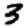
Digit: 3